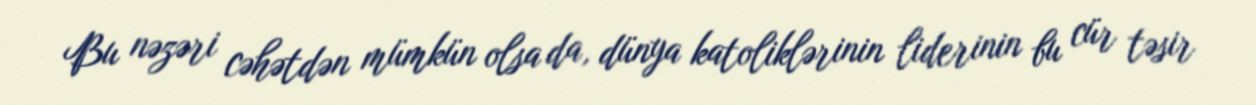
Bu nəzəri cəhətdən mümkün olsa da, dünya katoliklərinin liderinin bu cür təsir